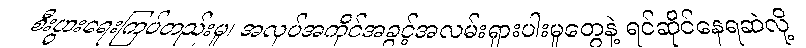
စီးပွားရေးကြပ်တည်းမှု၊ အလုပ်အကိုင်အခွင့်အလမ်းရှားပါးမှုတွေနဲ့ ရင်ဆိုင်နေရဆဲလို့